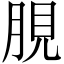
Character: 䏹